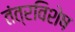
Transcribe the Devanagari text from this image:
तंत्रविशेष